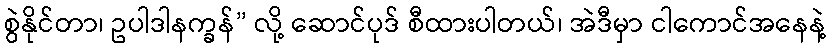
စွဲနိုင်တာ၊ ဥပါဒါနက္ခန်” လို့ ဆောင်ပုဒ် စီထားပါတယ်၊ အဲဒီမှာ ငါကောင်အနေနဲ့